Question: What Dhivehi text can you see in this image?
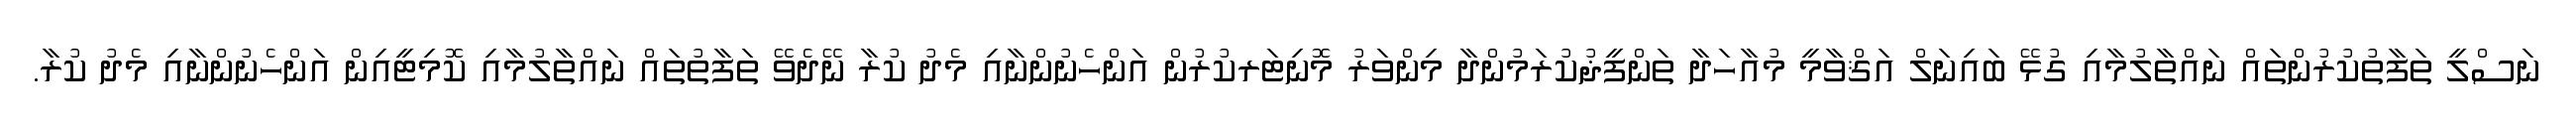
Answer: ނަސްލީ ތަފާތުކުރުންތައް ނައްތާލުމާއި ގުޅޭ ބައިނަލް އަޤްވާމީ މުއާހަދާ ތަންފީޛުކުރަމުންދާ މިންވަރު މޮނިޓަރކުރުން އަންހެނުންނާއި މެދު ކުރާ ނޭދެވޭ ތަފާތުތައް ނައްތާލުމާއި ކޮމިޓީއިން އަންހެނުންނާއި މެދު ކުރާ.